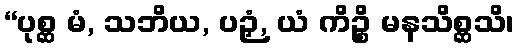
“ပုစ္ဆ မံ, သဘိယ, ပဉှံ, ယံ ကိဉ္စိ မနသိစ္ဆသိ၊